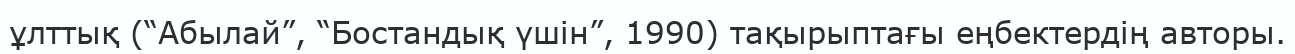
ұлттық (“Абылай”, “Бостандық үшін”, 1990) тақырыптағы еңбектердің авторы.